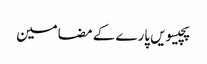
پچیسویں پارے کے مضامین